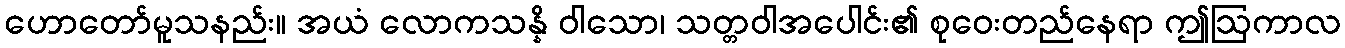
ဟောတော်မူသနည်း။ အယံ လောကသန္နိ ဝါသော၊ သတ္တဝါအပေါင်း၏ စုဝေးတည်နေရာ ဤဩကာလ